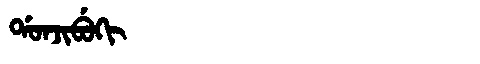
Manchu: ᡩᠣᠨᠵᡳᠪᡠᡴᡳ
Romanization: DONJIBUKI